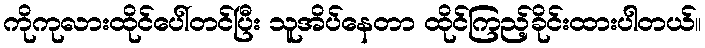
ကိုကုလားထိုင်ပေါ်တင်ပြီး သူအိပ်နေတာ ထိုင်ကြည့်ခိုင်းထားပါတယ်။